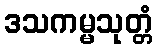
ဒသကမ္မသုတ္တံ